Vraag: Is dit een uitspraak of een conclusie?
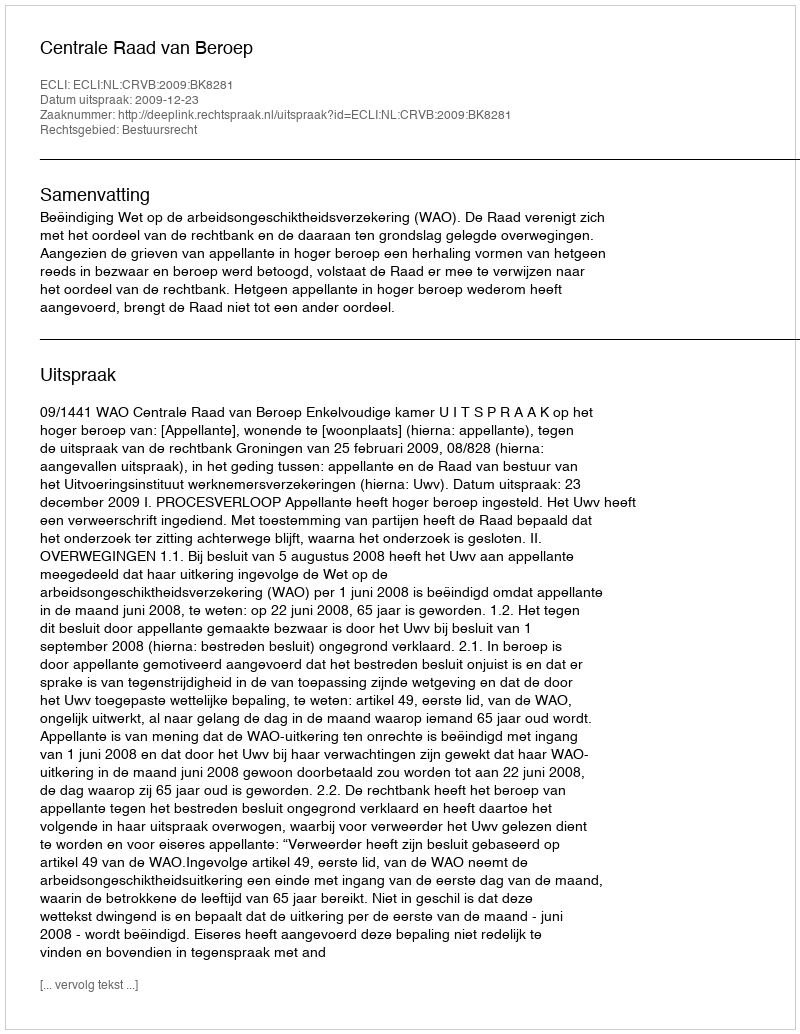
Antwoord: Uitspraak